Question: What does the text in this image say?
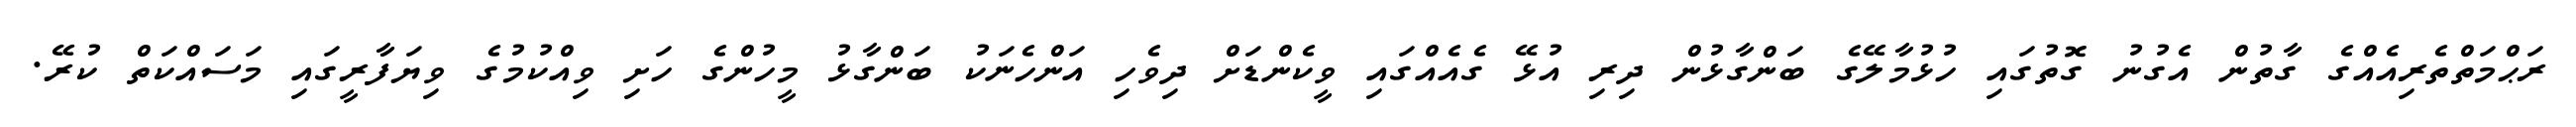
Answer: ރަޙްމަތްތެރިއެއްގެ ގާތުން އެގުނު ގޮތުގައި ހުޅުމާލޭގެ ބަންގާޅުން ދިރި އުޅޭ ގެއެއްގައި ވީކެންޑަށް ދިވެހި އަންހެނަކު ބަންގާޅު މީހުންގެ ހަށި ވިއްކުމުގެ ވިޔަފާރީގައި މަސައްކަތް ކުރޭ.